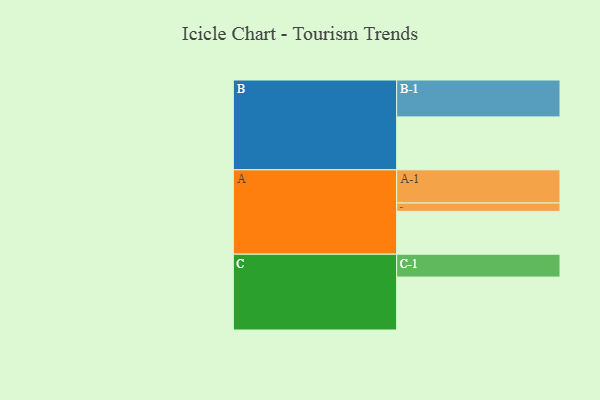
{"axis": {"x": "Segment", "y": "Value"}, "legend": ["", "A", "B", "C"], "data": [{"x": "A", "y": 324, "type": ""}, {"x": "B", "y": 400, "type": ""}, {"x": "C", "y": 400, "type": ""}, {"x": "A-1", "y": 251, "type": "A"}, {"x": "A-2", "y": 63, "type": "A"}, {"x": "B-1", "y": 279, "type": "B"}, {"x": "C-1", "y": 173, "type": "C"}]}